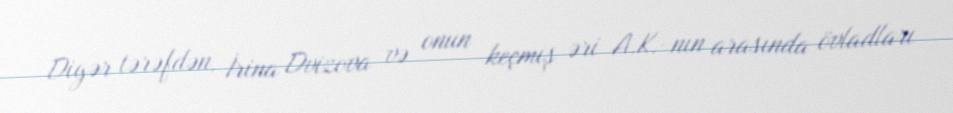
Digər tərəfdən, İrina Dvizova və onun keçmiş əri A.K.-nın arasında övladları